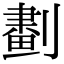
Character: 𠟱